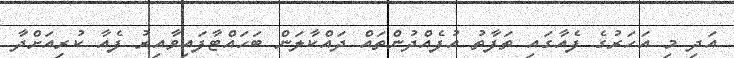
އަދި މި އަހަރުގެ ފެއާގައި ތަފާތު އުފެއްދުންތައް ދައްކާލަން ބަހައްޓާފައިވާއިރު ފެއާ ކުރިއަށްދާ